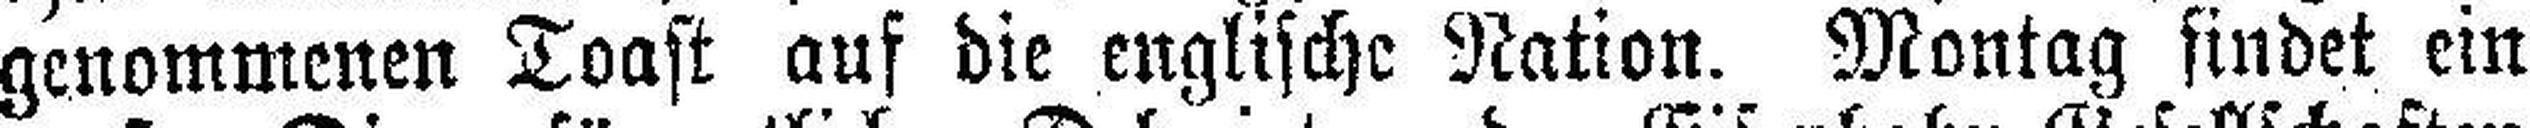
genommenen Toast auf die englische Nation. Montag findet ein